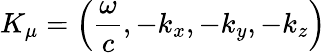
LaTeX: K_{\mu}=\left({\frac{\omega}{c}},-k_{x},-k_{y},-k_{z}\right)